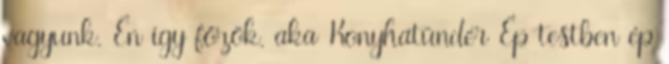
vagyunk. Én így főzök. aka Konyhatündér Ép testben ép